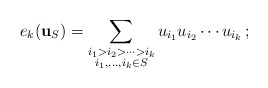
\begin{align*}e_k(\mathbf{u}_S)=\sum_{\substack{i_1 > i_2 > \cdots > i_k \\ i_1,\dots,i_k \in S}}u_{i_1}u_{i_2}\cdots u_{i_k}\,;\end{align*}